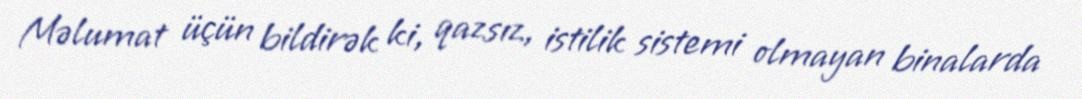
Məlumat üçün bildirək ki, qazsız, istilik sistemi olmayan binalarda